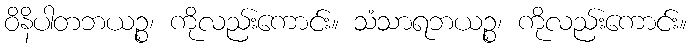
ဝိနိပါတဘယဉ္စ၊ ကိုလည်းကောင်း။ သံသာရဘယဉ္စ၊ ကိုလည်းကောင်း။